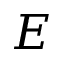
E